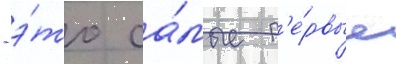
- э́то са́мые п'е́рвые